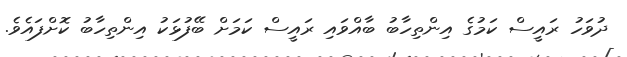
ދުވަހު ރައީސް ކަމުގެ އިންތިހާބު ބާއްވައި ރައީސް ކަމަށް ބޭފުޅަކު އިންތިހާބު ކޮށްފައެވެ.